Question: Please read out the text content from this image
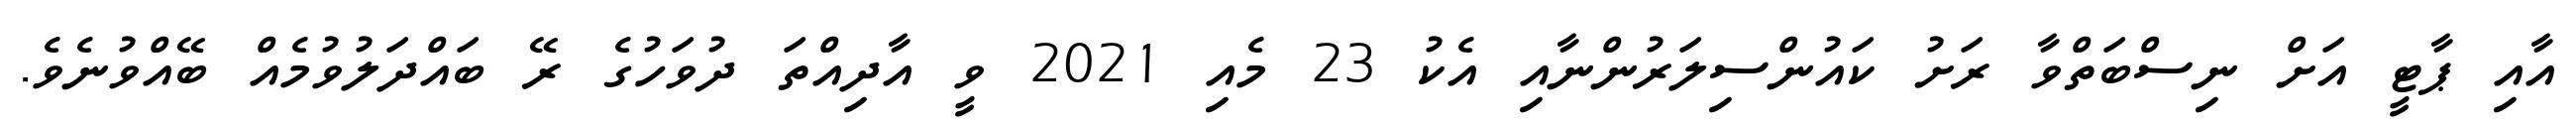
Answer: އާއި ޕާޓީ އަށް ނިސްބަތްވާ ރަށު ކައުންސިލަރުންނާއި އެކު 23 މެއި 2021 ވީ އާދިއްތަ ދުވަހުގެ ރޭ ބައްދަލުވުމެއް ބޭއްވުނެވެ.